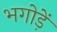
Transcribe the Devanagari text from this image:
भगोड़ें